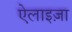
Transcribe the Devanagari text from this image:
ऐलाइज़ा